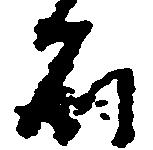
石